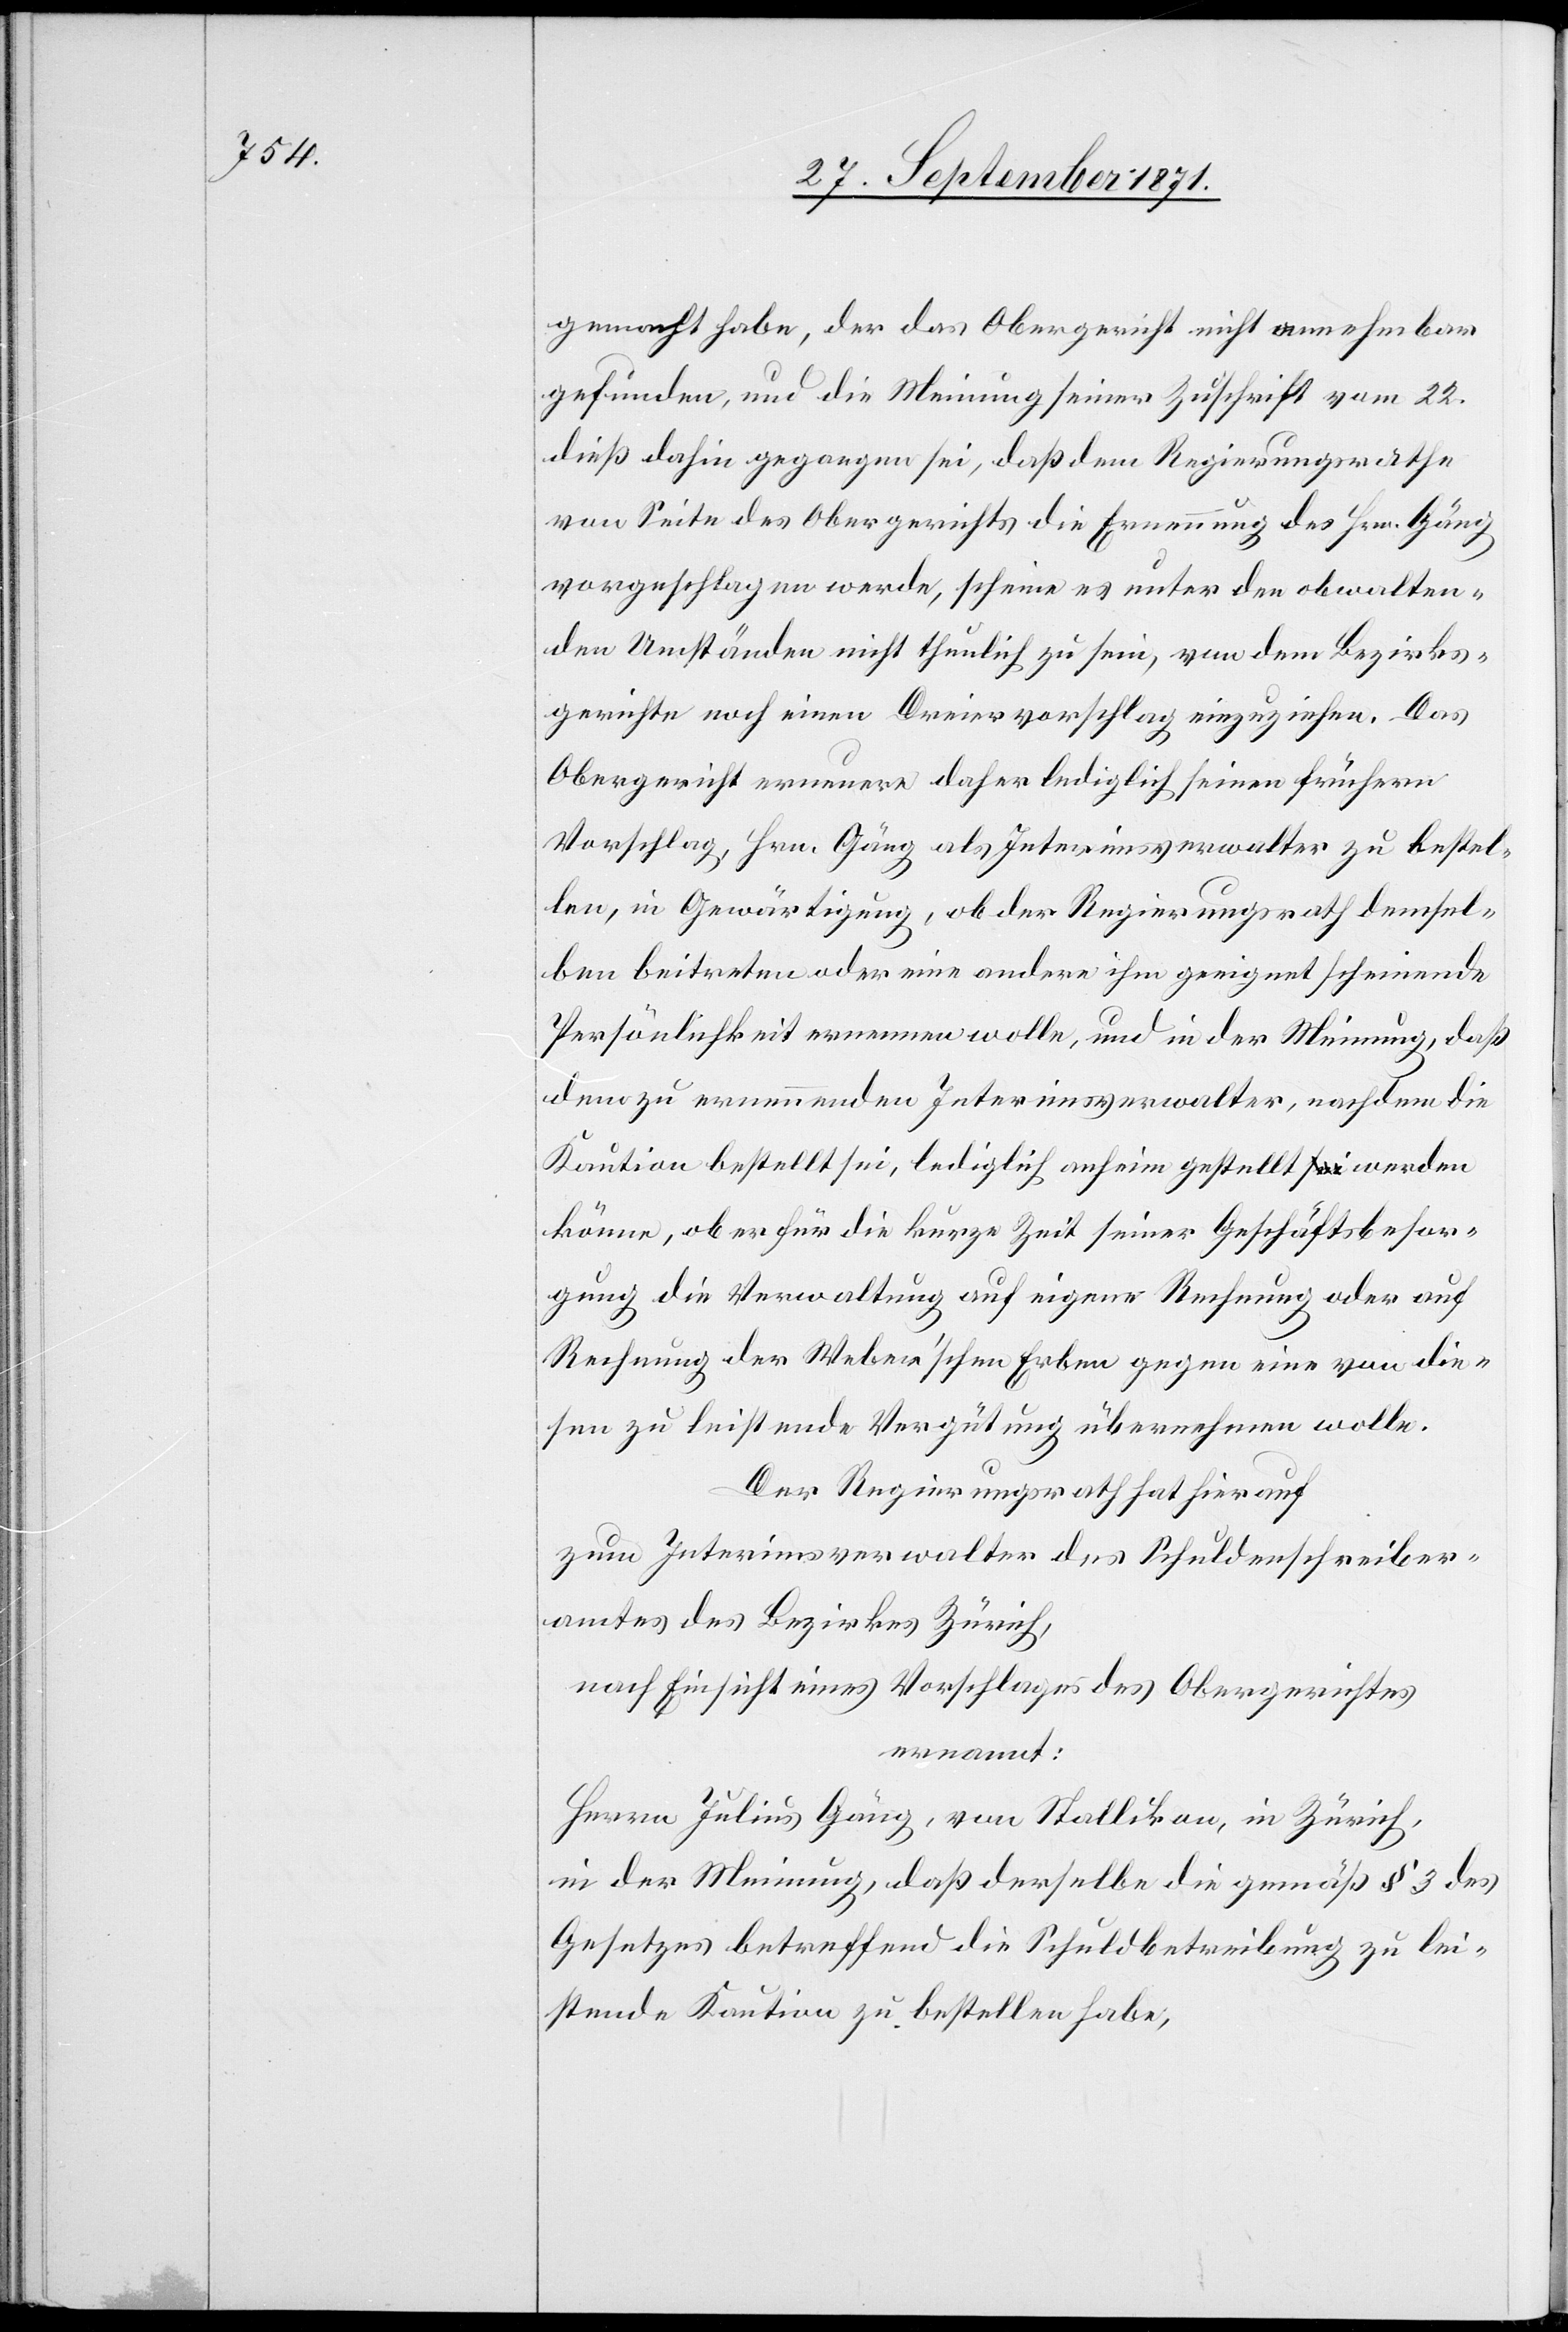
gemacht habe, der das Obergericht nicht annehmbar
gefunden, und die Meinung seiner Zuschrift vom 22.
dieß dahin gegangen sei, daß dem Regierungsrathe
von Seite des Obergerichts die Ernennung des Hrn. Gäng
vorgeschlagen werde, scheine es unter den obwalten¬
den Umständen nicht thunlich zu sein, von dem Bezirks¬
gerichte noch einen Dreiervorschlag einzuziehen. Das
Obergericht erneuere daher lediglich seinen früheren
Vorschlag, Hrn. Gäng als Interimsverwalter zu bestel¬
len, in Gewärtigung, ob der Regierungsrath demsel¬
ben beitreten oder eine andere ihm geeignet scheinende
Persönlichkeit ernennen wolle, und in der Meinung, daß
dem zu ernennenden Interimsverwalter, nachdem die
Kaution bestellt sei, lediglich anheim gestellt werden
könne, ob er für die kurze Zeit seiner Geschäftsbesor¬
gung die Verwaltung auf eigene Rechnung oder auf
Rechnung der Weber’schen Erben gegen eine von die¬
sen zu leistende Vergütung übernehmen wolle.
Der Regierungsrath hat hierauf
zum Interimsverwalter des Schuldschreiber¬
amtes des Bezirkes Zürich,
nach Einsicht eines Vorschlages des Obergerichtes
ernannt:
Herren Julius Gäng, von Stallikon, in Zürich,
in der Meinung, daß derselbe die gemäß § 3 des
Gesetzes betreffend die Schuldbetreibung zu lei¬
stende Kaution zu bestellen habe,